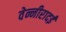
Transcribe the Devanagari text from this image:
वेन्नीरादई